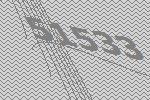
51533